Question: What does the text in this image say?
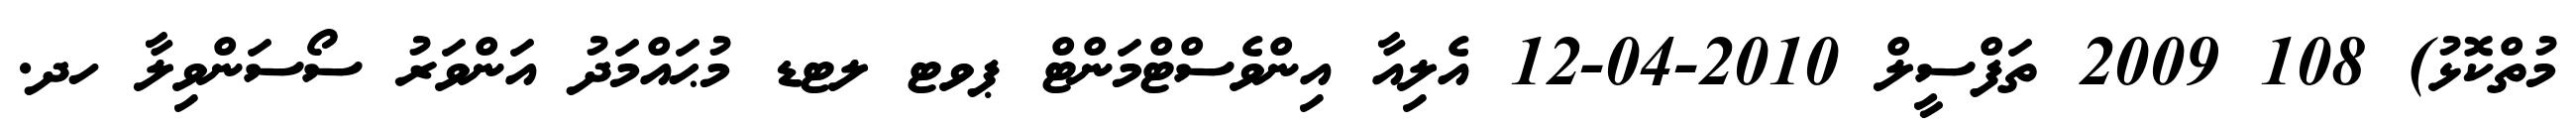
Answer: މުތްކޮޅު) 108 2009 ތަފްސީލް 2010-04-12 އެލިއާ އިންވެސްޓްމަންޓް ޕވޓ ލޓޑ މުޙައްމަދު އަންވަރު ސޯސަންވިލާ ހދ.